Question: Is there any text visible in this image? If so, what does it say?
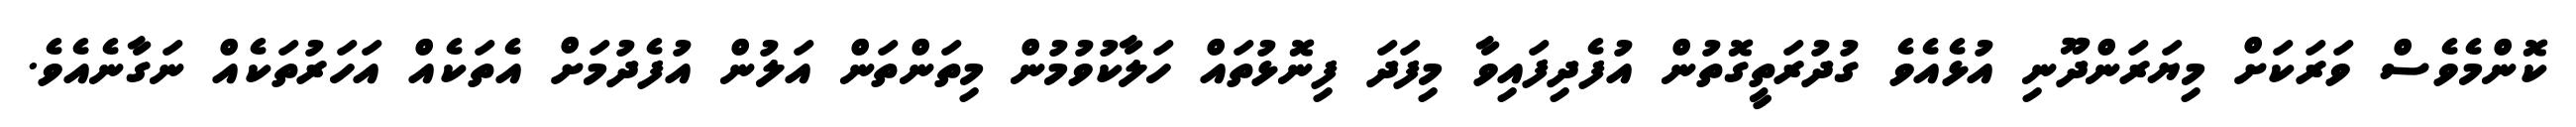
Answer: ކޮންމެވެސް ވަރަކަށް މިޔަރަންދޫނި އުޅެއެވެ ގުދުރަތީގޮތުން އުފެދިފައިވާ މިފަދަ ފިނޮޅުތައް ހަލާކުވުމުން މިތަންތަން އަލުން އުފެދުމަށް އެތަކެއް އަހަރުތަކެއް ނަގާނެއެވެ.